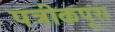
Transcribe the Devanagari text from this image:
पत्रीकपूर।